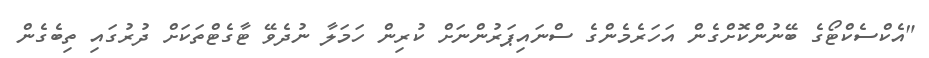
"އެކްސެކްޓޯގެ ބޭނުންކޮށްގެން އަހަރެމެންގެ ސްނައިޕަރުންނަށް ކުރިން ހަމަލާ ނުދެވޭ ޓާގެޓްތަކަށް ދުރުގައި ތިބެގެން